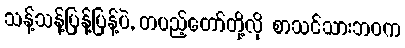
သန့်သန့်ပြန့်ပြန့်ပဲ, တပည့်တော်တို့လို စာသင်သားဘဝက